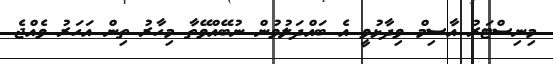
މިނިސްޓަރު އާސިމް ވިދާޅުވީ އެ ބައްދަލުވުން ނުބޭއްވޭތާ މިހާރު ތިން އަހަރު ވެއްޖެ